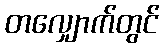
တလျှောက်တွင်